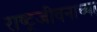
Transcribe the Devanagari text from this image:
राष्ट्रजीवनाच्या